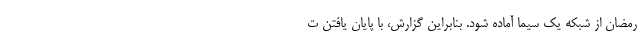
رمضان از شبکه یک سیما آماده شود. بنابراین گزارش، با پایان یافتن ت